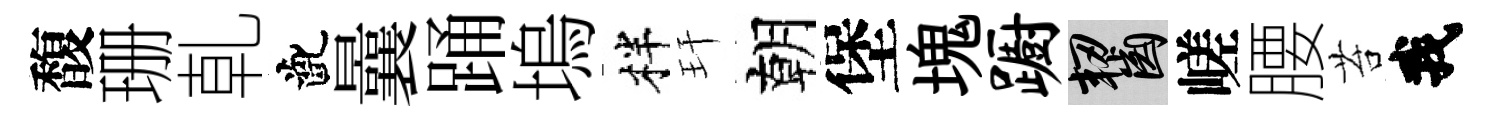
馥珊乹齔曩踊塢柈玕朝堡塊蹰齧嵯腰苔我